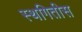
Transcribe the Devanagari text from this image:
स्थगितीस